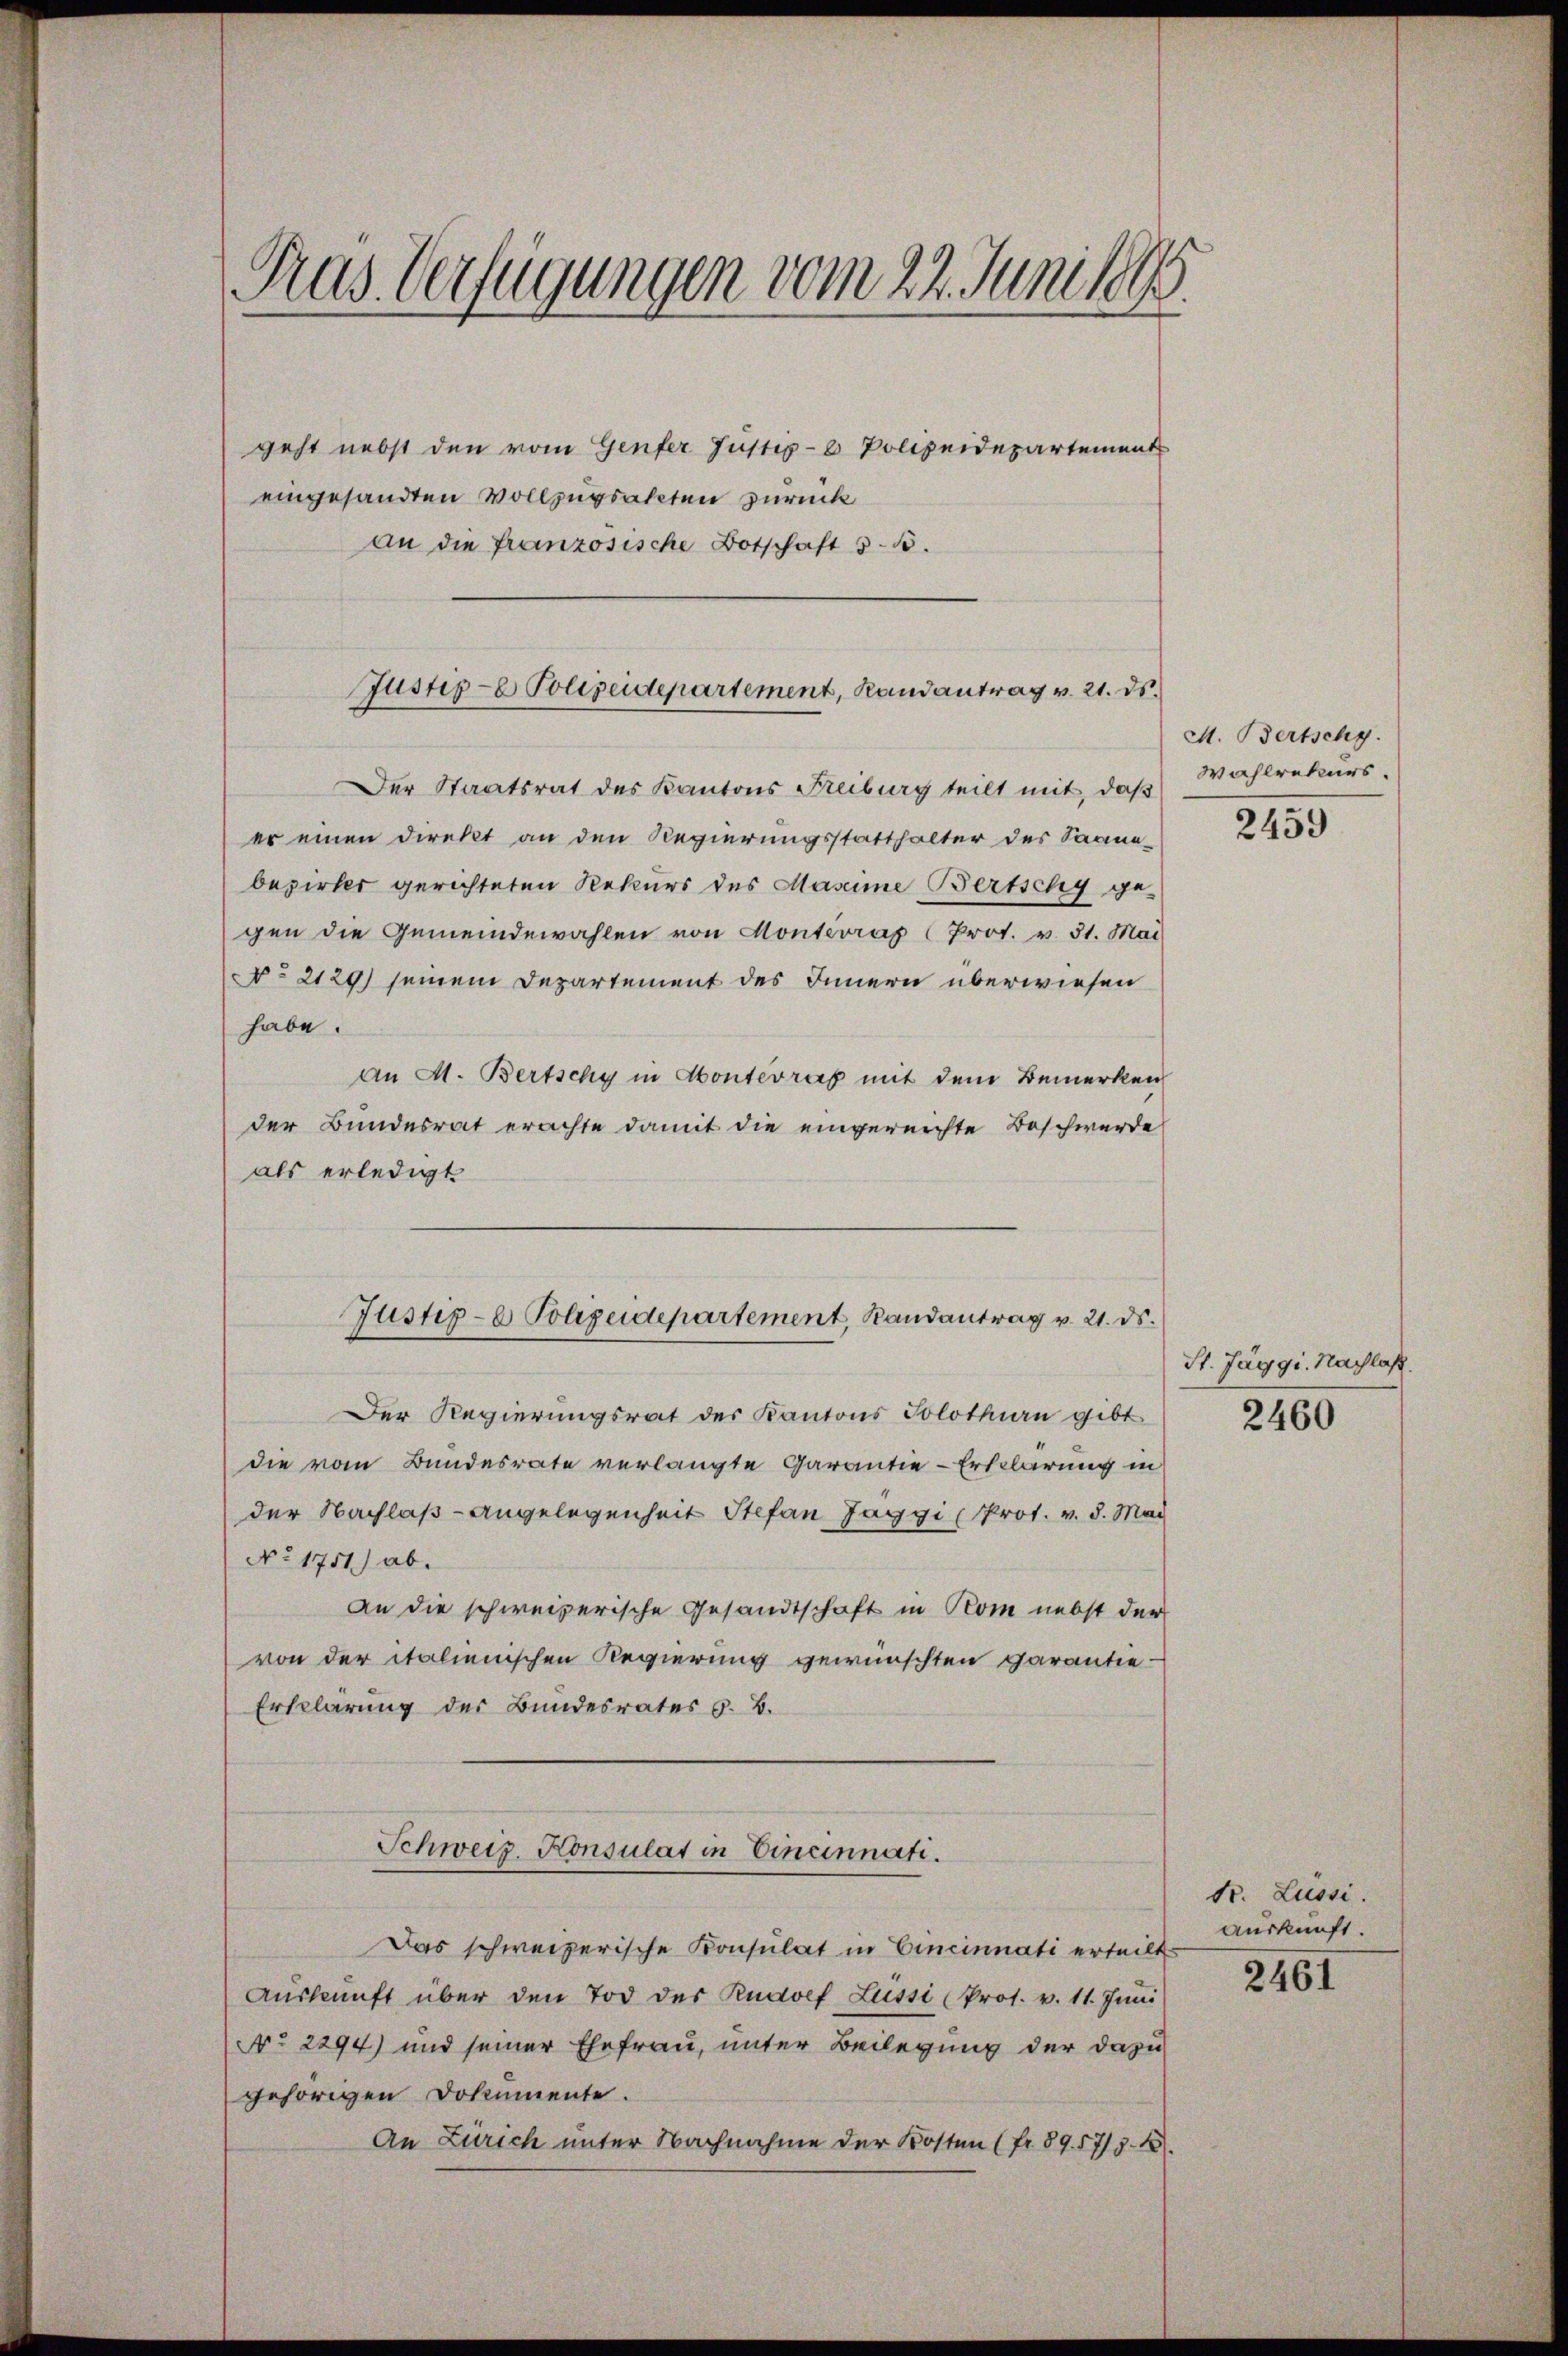
Pras Verfügungen vom 22. Juni 1883.

geht nebst den vom Genfer Justiz- & Polizeidepartement
eingesandten Vollzugsakten zurück
an die französische Botschaft 315.

Justiz- & Polizeidepartement, Randantrag v. 21. ds.

Der Staatsrat des Kantons Freiburg teilt mit, daß
er einen Direkt an den Regierungsstatthalter des Saana-
bezirker gerichteten Rekurs des Masime Bertschy gegen die Gemeindewahlen von Monterrat (Prot. v. 31. Mai
NNo. 2129) seinem Departement des Innern überwiesen
habe.
an M. Bertschy in Konterrat mit dem Bemerken
der Bundesrat erachte damit die eingereichte Beschwerde
als erledigt
Der Regierungsrat des Kantons Solothurn gibt
die vom Bundesrate verlangte Garantie-Erklärung in
der Nachlaß - Angelegenheit Stefan Jaggi (Prot. v. d. Mai
No. 1751) ab.
An die schweizerische Gesandtschaft in Rom nebst der
von der italienischen Regierung gewünschten Garantie¬
Erklärung der Bundesrates s. B.
Schweiz. Konsulat in Eineinnati.
Das schweizerische Konsulat in Cincinnati erteilt
Auskunft über den Tod der Rudoef Lussi (Pros. v. 11. Juni
o 2294) und seiner Ehefrau, unter Beilegung der dazu
gehörigen Dokumente.
An Zürich unter Nachnahme der Kosten (fr. 89. 575. 48.

Justiz- & Polizeidepartement, Randantrag v. 21. ds.

M. Bertschy.
Wahlrekurs.

2459

St. Jäggi. Nachlaß.
2460

dr. Lüssi.
Auskunft.

2461